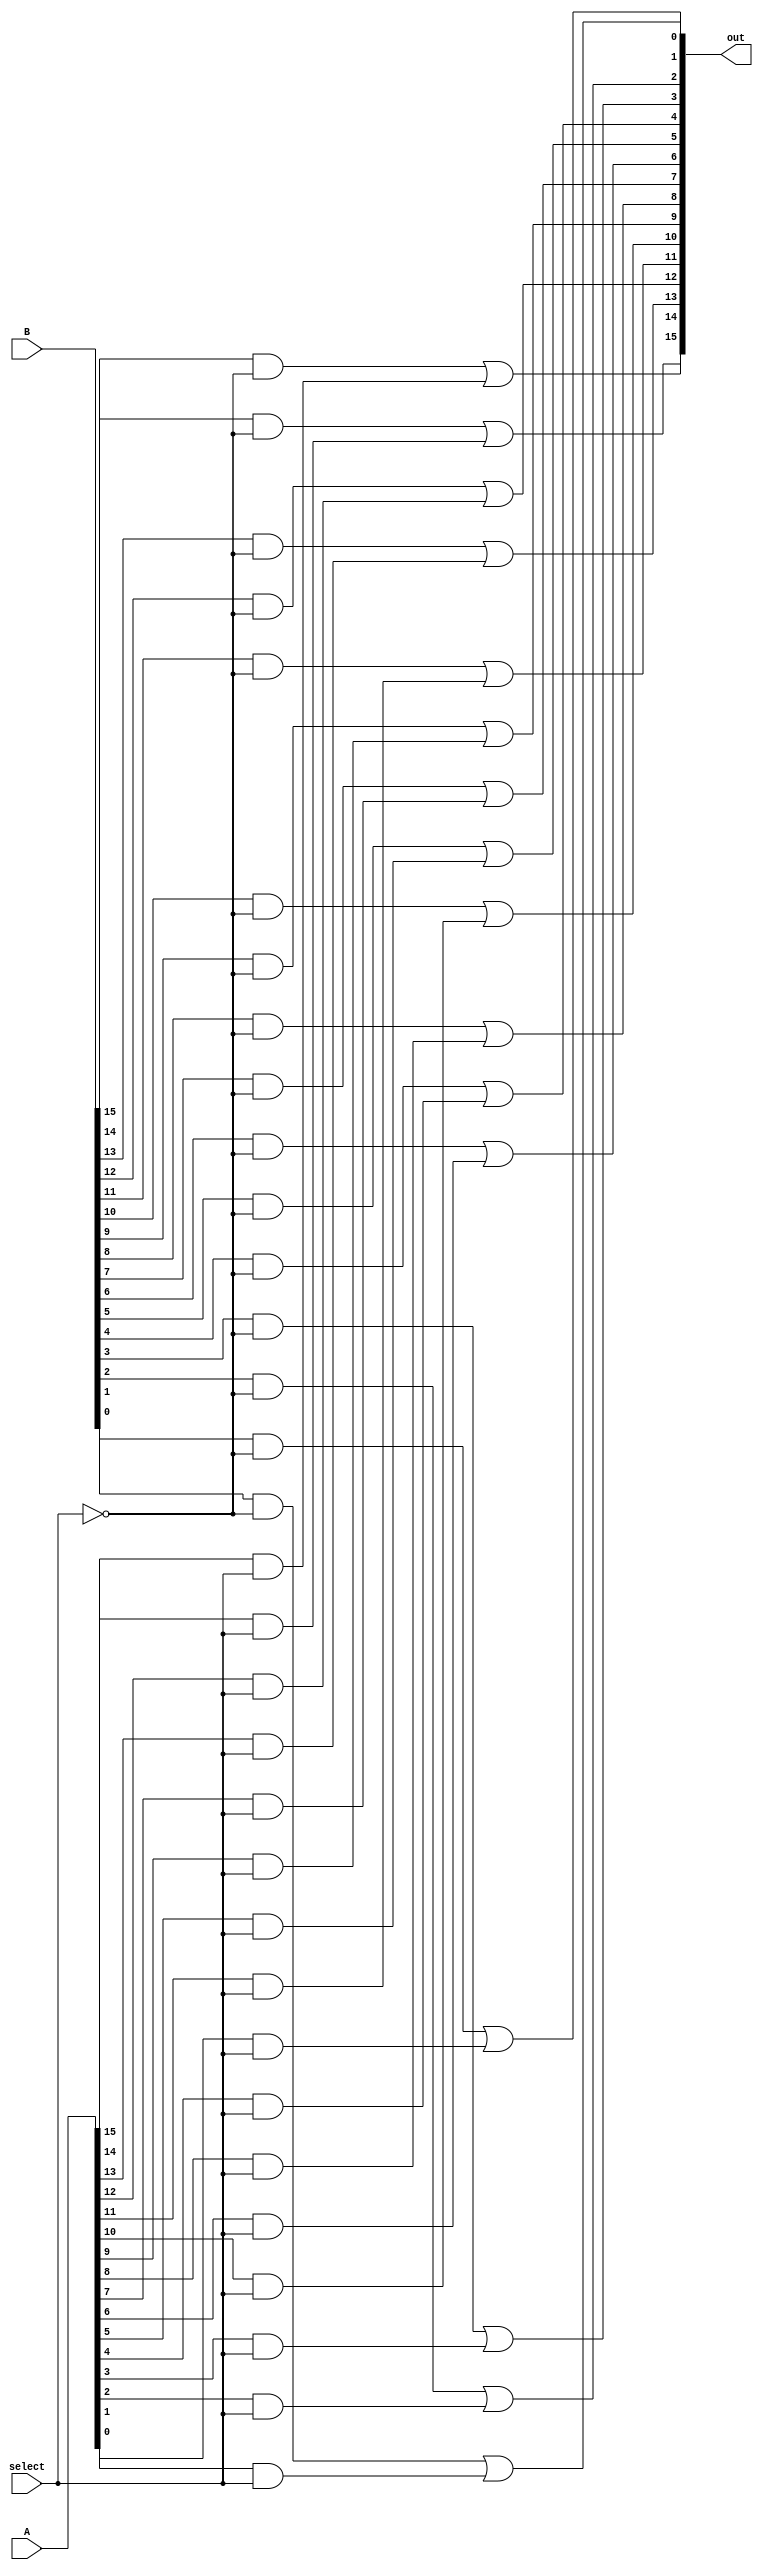
module two_mux_one16bit(out,select,A,B);
input [15:0] A,B;
input select;
output [15:0] out;
//select=1 choose A,else if select=0 choose B
wire [15:0] A_done,B_done;
wire sn;

not(sn,select);
//compute the A_done
and(A_done[15],A[15],select);
and(A_done[14],A[14],select);
and(A_done[13],A[13],select);
and(A_done[12],A[12],select);
and(A_done[11],A[11],select);
and(A_done[10],A[10],select);
and(A_done[9],A[9],select);
and(A_done[8],A[8],select);
and(A_done[7],A[7],select);
and(A_done[6],A[6],select);
and(A_done[5],A[5],select);
and(A_done[4],A[4],select);
and(A_done[3],A[3],select);
and(A_done[2],A[2],select);
and(A_done[1],A[1],select);
and(A_done[0],A[0],select);

//compute the B_done
and(B_done[15],B[15],sn);
and(B_done[14],B[14],sn);
and(B_done[13],B[13],sn);
and(B_done[12],B[12],sn);
and(B_done[11],B[11],sn);
and(B_done[10],B[10],sn);
and(B_done[9],B[9],sn);
and(B_done[8],B[8],sn);
and(B_done[7],B[7],sn);
and(B_done[6],B[6],sn);
and(B_done[5],B[5],sn);
and(B_done[4],B[4],sn);
and(B_done[3],B[3],sn);
and(B_done[2],B[2],sn);
and(B_done[1],B[1],sn);
and(B_done[0],B[0],sn);

//compute the out
or(out[15],B_done[15],A_done[15]);
or(out[14],B_done[14],A_done[14]);
or(out[13],B_done[13],A_done[13]);
or(out[12],B_done[12],A_done[12]);
or(out[11],B_done[11],A_done[11]);
or(out[10],B_done[10],A_done[10]);
or(out[9],B_done[9],A_done[9]);
or(out[8],B_done[8],A_done[8]);
or(out[7],B_done[7],A_done[7]);
or(out[6],B_done[6],A_done[6]);
or(out[5],B_done[5],A_done[5]);
or(out[4],B_done[4],A_done[4]);
or(out[3],B_done[3],A_done[3]);
or(out[2],B_done[2],A_done[2]);
or(out[1],B_done[1],A_done[1]);
or(out[0],B_done[0],A_done[0]);


endmodule